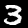
Digit: 3